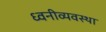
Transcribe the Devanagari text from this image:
ध्वनीव्यवस्था